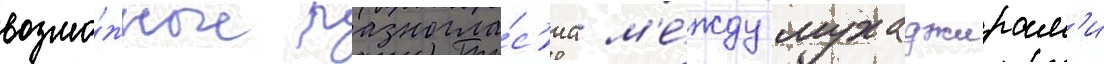
возмо́жные разногла́с'иа м'е́жду мухаджирам'и